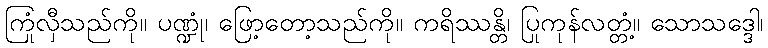
ကြုံလှီသည်ကို။ ပဏ္ဍုံ၊ ဖြော့တော့သည်ကို။ ကရိဿန္တိ၊ ပြုကုန်လတ္တံ့။ သောသဒ္ဒေါ၊